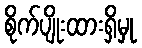
စိုက်ပျိုးထားရှိမှု